Annual administration report of the Civil Veterinary Department of India - 1897-1898
Year: 1897
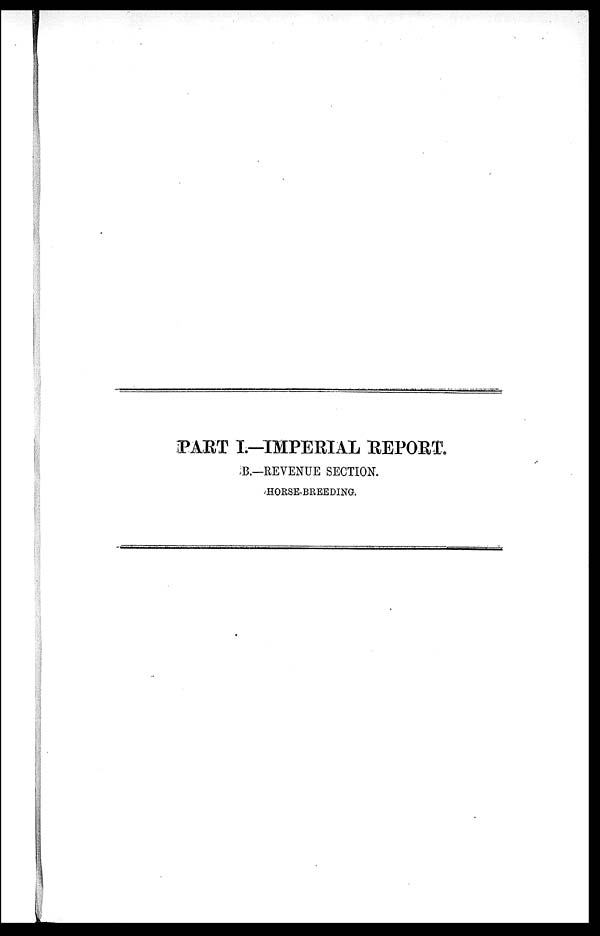
PART I.—IMPERIAL REPORT.
B.—REVENUE SECTION.
HORSE-BREEDING.